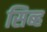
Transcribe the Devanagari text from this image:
सिब्ह